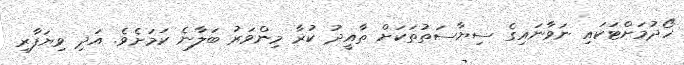
ހޯދުމަށްޓަކައި ނަވާނައިގެ ސިޔާސަތުތަކަށް ތާއީދު ކުރާ މިންވަރު ބަލާނެ ކަމަށެވެ. އަދި ވިޔަފާރި